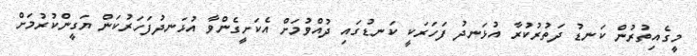
މީގެއިތުރުން ކަނޑު ދަތުރުކުރާ އުޅަނދު ފަހަރަކީ ކަނޑުގައި ދުއްވުމަށް އެކަށީގެންވާ އުޅަނދުފަހަރުކަން ޔަގީންކުރުމަށް